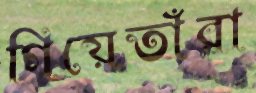
গিয়েতাঁরা